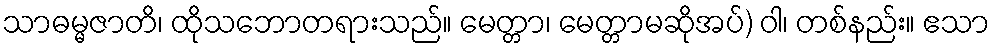
သာဓမ္မဇာတိ၊ ထိုသဘောတရားသည်။ မေတ္တာ၊ မေတ္တာမဆိုအပ်) ဝါ၊ တစ်နည်း။ ဧသာ